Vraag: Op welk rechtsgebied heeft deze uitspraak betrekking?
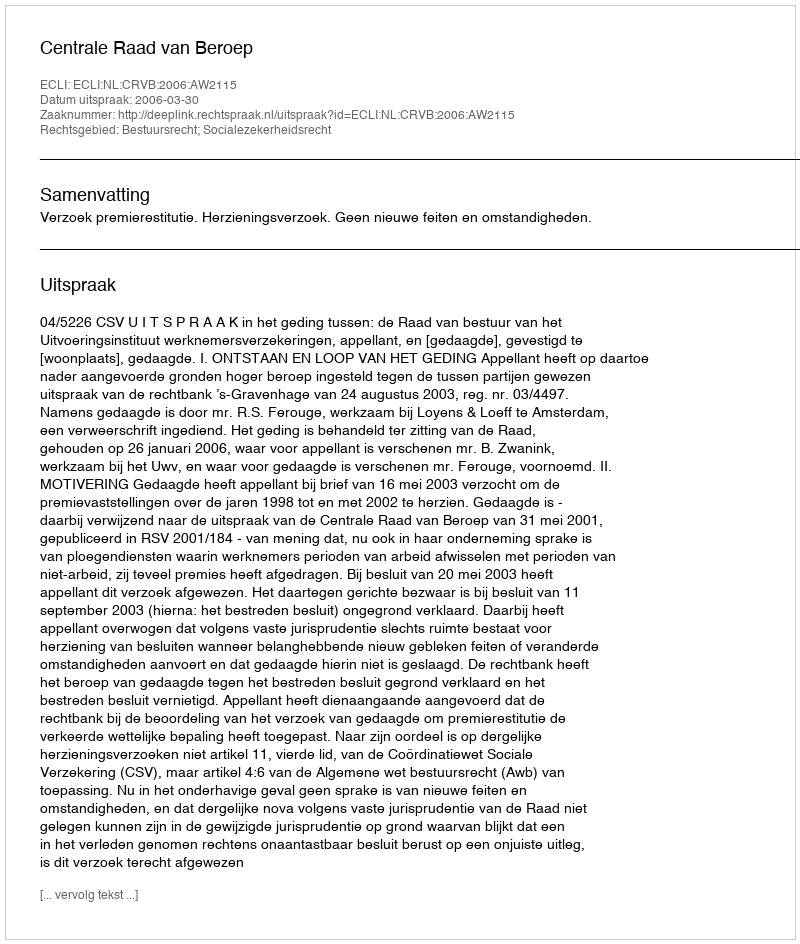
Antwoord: Bestuursrecht; Socialezekerheidsrecht